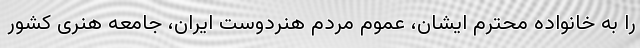
را به خانواده محترم ایشان، عموم مردم هنردوست ایران، جامعه هنری کشور